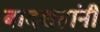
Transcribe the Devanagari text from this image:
बादशहांनी